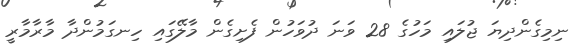
ނިމިގެންދިޔަ ޖުލައި މަހުގެ 28 ވަނަ ދުވަހުން ފެށިގެން މާލޭގައި ހިނގަމުންދާ މާރާމާރީ